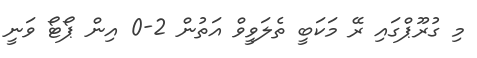
މި ގުރޫޕްގައި ރޭ މަކަބީ ތެލަވީވް އަތުން 2-0 އިން ޕޯޓޯ ވަނީ